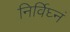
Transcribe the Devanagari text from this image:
निर्विघ्नं